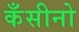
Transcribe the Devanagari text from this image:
कँसीनो